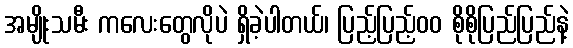
အမျိုးသမီး ကလေးတွေလိုပဲ ရှိခဲ့ပါတယ်၊ ပြည့်ပြည့်၀၀ စိုစိုပြည်ပြည်နဲ့